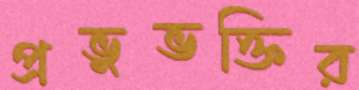
প্রভুভক্তির